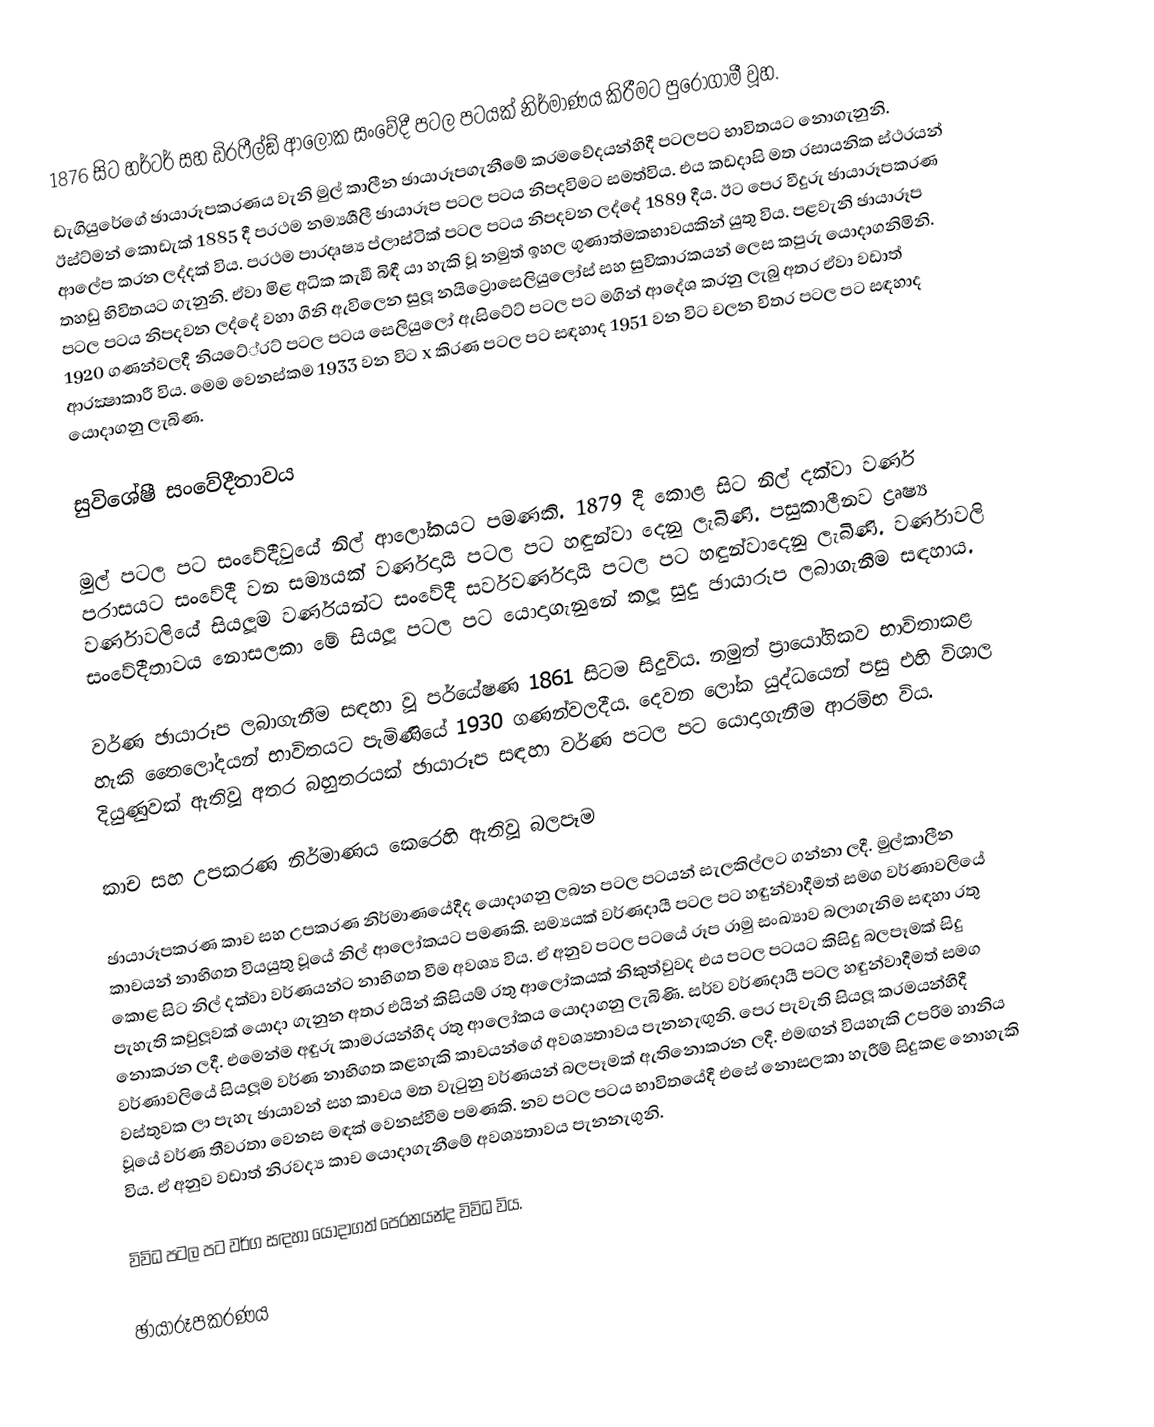
1876 සිට හර්ටර් සහ ඩි‍්‍රෆීල්ඞ් ආලෝක සංවේදී පටල පටයක් නිර්මාණය කිරීමට පුරෝගාමී වූහ.
ඩැගියුරේගේ ඡායාරූපකරණය වැනි මුල් කාලීන ඡායාරූපගැනීමේ ක‍්‍රමවේදයන්හිදී පටලපට භාවිතයට නොගැනුනි. ඊස්ට්මන් කොඩැක් 1885 දී ප‍්‍රථම නම්‍යශීලී ඡායාරූප පටල පටය නිපදවිමට සමත්විය. එය කඩදාසි මත රසායනික ස්ථරයන් ආලේප කරන ලද්දක් විය. ප‍්‍රථම පාරදෘෂ්‍ය ප්ලාස්ටික් පටල පටය නිපදවන ලද්දේ 1889 දීය. ඊට පෙර වීදුරු ඡායාරූපකරණ තහඩු භිවිතයට ගැනුනි. ඒවා මිළ අධික කැඞී බිඳී යා හැකි වූ නමුත් ඉහල ගුණාත්මකභාවයකින් යුතු විය. පළවැනි ඡායාරූප පටල පටය නිපදවන ලද්දේ වහා ගිනි ඇවිලෙන සුලූ නයිට්‍රොසෙලියුලෝස් සහ සුවිකාරකයන් ලෙස කපුරු යොදාගනිමිනි. 1920 ගණන්වලදී නියටේ‍්‍රට් පටල පටය සෙලියුලෝ ඇසිටේට් පටල පට මගින් ආදේශ කරනු ලැබු අතර ඒවා වඩාත් ආරක්‍ෂාකාරී විය. මෙම වෙනස්කම 1933 වන විට x කිරණ පටල පට සඳහාද 1951 වන විට චලන චිත‍්‍ර පටල පට සඳහාද යොදාගනු ලැබිණ.

සුවිශේෂී සංවේදීතාවය

මුල් පටල පට සංවේදීවුයේ නිල් ආලෝකයට පමණකි. 1879 දී කොළ සිට නිල් දක්වා වර්ණ පරාසයට සංවේදී වන සම්‍යයක් වර්ණදායී පටල පට හඳුන්වා දෙනු ලැබිණි. පසුකාලීනව ද්‍රෘෂ්‍ය වර්ණාවලියේ සියලූම වර්ණයන්ට සංවේදී සර්වවර්ණදායී පටල පට හඳුන්වාදෙනු ලැබිණි. වර්ණාවලි සංවේදීතාවය නොසලකා මේ සියලූ පටල පට යොදාගැනුනේ කලූ සුදු ඡායාරූප ලබාගැනීම සඳහාය.

වර්ණ ඡායාරූප ලබාගැනීම සඳහා වූ පර්යේෂණ 1861 සිටම සිදුවිය. නමුත් ප‍්‍රායෝගිකව භාවිතාකළ හැකි තෛලෝදයන් භාවිතයට පැමිණියේ 1930 ගණන්වලදීය. දෙවන ලෝක යුද්ධයෙන් පසු එහි විශාල දියුණුවක් ඇතිවූ අතර බහුතරයක් ඡායාරූප සඳහා වර්ණ පටල පට යොදාගැනීම ආරම්භ විය.

කාච සහ උපකරණ නිර්මාණය කෙරෙහි ඇතිවූ බලපෑම

ඡායාරූපකරණ කාච සහ උපකරණ නිර්මාණයේදීද යොදාගනු ලබන පටල පටයන් සැලකිල්ලට ගන්නා ලදී. මුල්කාලීන කාචයන් නාභිගත වියයුතු වූයේ නිල් ආලෝකයට පමණකි. සම්‍යයක් වර්ණදායී පටල පට හඳුන්වාදීමත් සමග වර්ණාවලියේ කොළ සිට නිල් දක්වා වර්ණයන්ට නාභිගත වීම අවශ්‍ය විය. ඒ අනුව පටල පටයේ රූප රාමු සංඛ්‍යාව බලාගැනිම සඳහා රතු පැහැති කවුලූවක් යොදා ගැනුන අතර එයින් කිසියම් රතු ආලෝකයක් නිකුත්වුවද එය පටල පටයට කිසිදු බලපෑමක් සිදු නොකරන ලදී. එමෙන්ම අඳුරු කාමරයන්හිද රතු ආලෝකය යොදාගනු ලැබිණි. සර්ව වර්ණදායී පටල හඳුන්වාදීමත් සමග වර්ණාවලියේ සියලූම වර්ණ නාභිගත කළහැකි කාචයන්ගේ අවශ්‍යතාවය පැනනැඟුනි. පෙර පැවැති සියලූ ක‍්‍රමයන්හිදී වස්තුවක ලා පැහැ ඡායාවන් සහ කාචය මත වැටුනු වර්ණයන් බලපෑමක් ඇතිනොකරන ලදී. එමඟන් වියහැකි උපරිම හානිය වූයේ වර්ණ තීව‍්‍රතා වෙනස මඳක් වෙනස්වීම පමණකි. නව පටල පටය භාවිතයේදී එසේ නොසලකා හැරීම් සිදුකළ නොහැකි විය. ඒ අනුව වඩාත් නිරවද්‍ය කාච යොදාගැනීමේ අවශ්‍යතාවය පැනනැගුනි.

විවිධ පටල පට වර්ග සඳහා යොදාගත් පෙරනයන්ද විවිධ විය.

ඡායාරූපකරණය